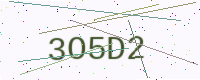
Text: 3O5D2